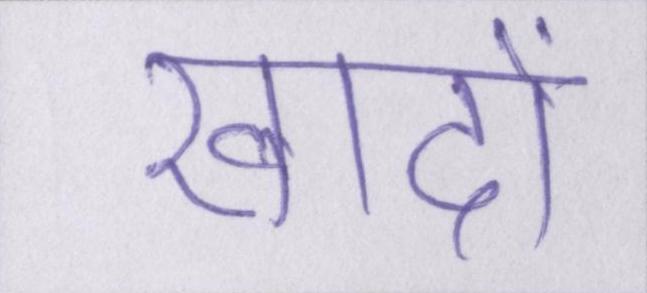
खादों